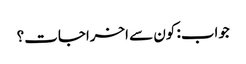
جواب: کون سے اخراجات؟